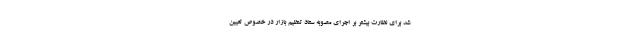
شد برای نظارت بیشتر بر اجرای مصوبه ستاد تنظیم بازار در خصوص تعیین